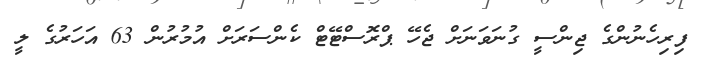
ފިރިހެނުންގެ ޖިންސީ ގުނަވަނަށް ޖެހޭ ޕްރޮސްޓޭޓް ކެންސަރަށް އުމުރުން 63 އަހަރުގެ ލީ